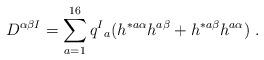
LaTeX: \begin{align*}D^{\alpha \beta I} = \sum_{a=1}^{16} q^I{}_a ( h^{* a \alpha} h^{a\beta} + h^{* a \beta} h^{a \alpha}) \ .\end{align*}